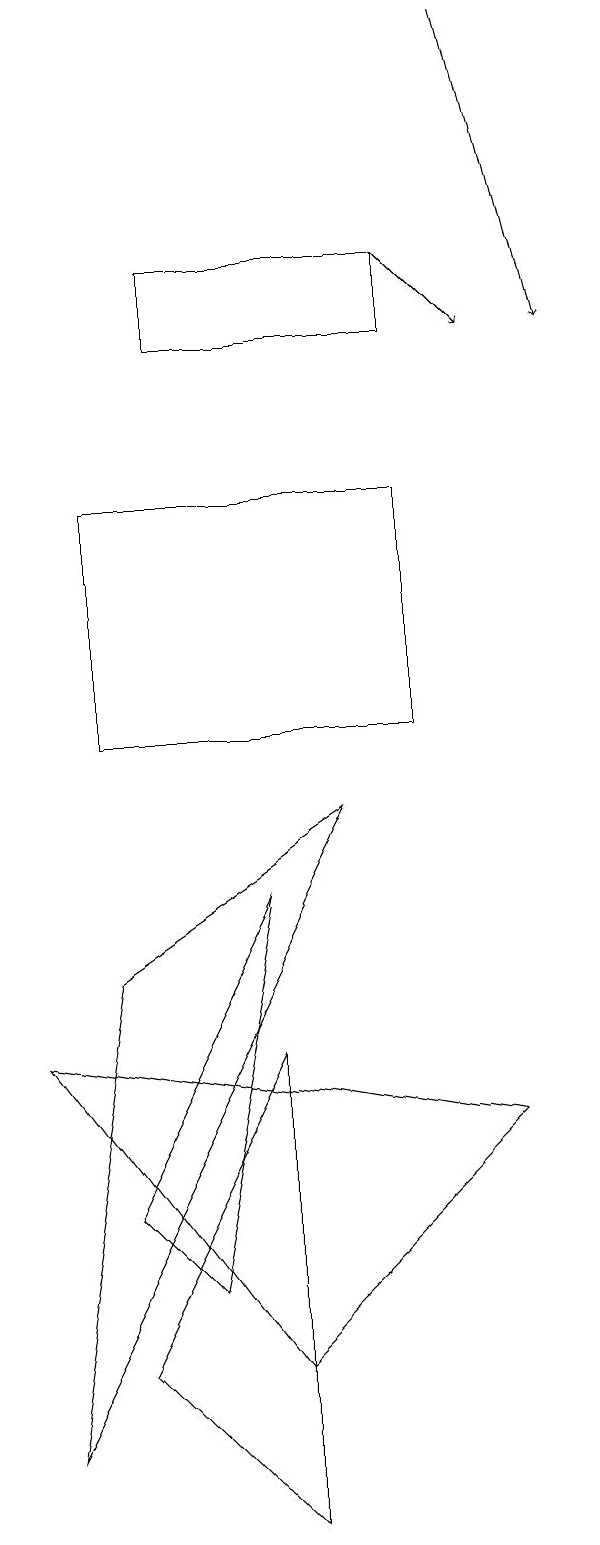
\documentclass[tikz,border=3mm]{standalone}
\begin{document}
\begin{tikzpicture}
\draw[->] (6,19) -- (7,15);
\draw (2,16) rectangle (5,15);
\draw[->] (5,16) -- (6,15);
\draw (3,2) -- (0,6) -- (6,5) -- cycle;
\draw (3,0) -- (3,6) -- (1,2) -- cycle;
\draw (1,4) -- (2,3) -- (3,8) -- cycle;
\draw (1,10) rectangle (5,13);
\draw (0,1) -- (1,7) -- (4,9) -- cycle;
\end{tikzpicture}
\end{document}